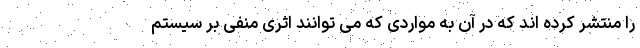
را منتشر کرده اند که در آن به مواردی که می توانند اثری منفی بر سیستم